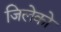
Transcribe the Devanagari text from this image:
जिलेको